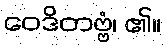
ဝေဒိတဗ္ဗံ၊ ၏။